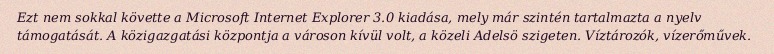
Ezt nem sokkal követte a Microsoft Internet Explorer 3.0 kiadása, mely már szintén tartalmazta a nyelv támogatását. A közigazgatási központja a városon kívül volt, a közeli Adelsö szigeten. Víztározók, vízerőművek.